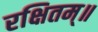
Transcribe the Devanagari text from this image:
रक्षितम्॥